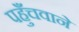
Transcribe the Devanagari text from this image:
पहुँचवाने